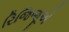
રિજિજૂએ